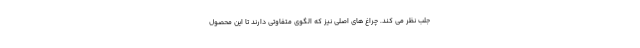
جلب نظر می کند. چراغ های اصلی نیز که الگوی متفاوتی دارند تا این محصول